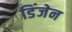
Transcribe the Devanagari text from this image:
डिंजेन